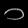
Digit: ၁